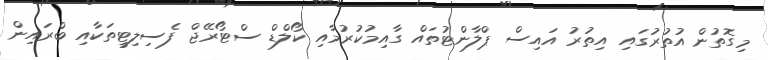
މިގޮތުން އުތުރުގައި އިތުރު އައިސް ޕްލާންޓުތައް ގާއިމުކުރުމާއި ކޯލްޑް ސްޓޯރޭޖް ފެސިލިޓީތަކާއި ބްރައިން